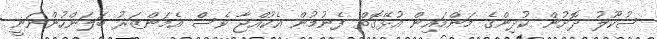
ސުކޫލު ދޮށުން ކުދިންގެ މަންމައިން އުޅޭގޮތް ފެނުމުން އެކުއްޖާ ވެސް އެމަންޒަރު ބަލަންހުންނަނީ